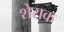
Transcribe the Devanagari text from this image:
शेराक